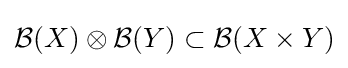
{\mathcal {B}}(X)\otimes {\mathcal {B}}(Y)\subset {\mathcal {B}}(X\times Y)